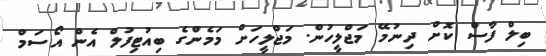
ބިލް ފާސް ކޮށް ދިނުމޭ މަޖްލީހުން. މަޖްލީހަށް މަމެންގެ ބިއުޓިފުލް އެން އޯސަމް